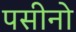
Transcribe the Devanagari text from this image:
पसीनो